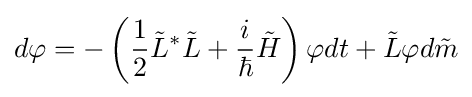
d\varphi =-\left({\frac {1}{2}}{\tilde {L}}^{\ast }{\tilde {L}}+{\frac {i}{\hbar }}{\tilde {H}}\right)\varphi dt+{\tilde {L}}\varphi d{\tilde {m}}